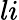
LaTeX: li